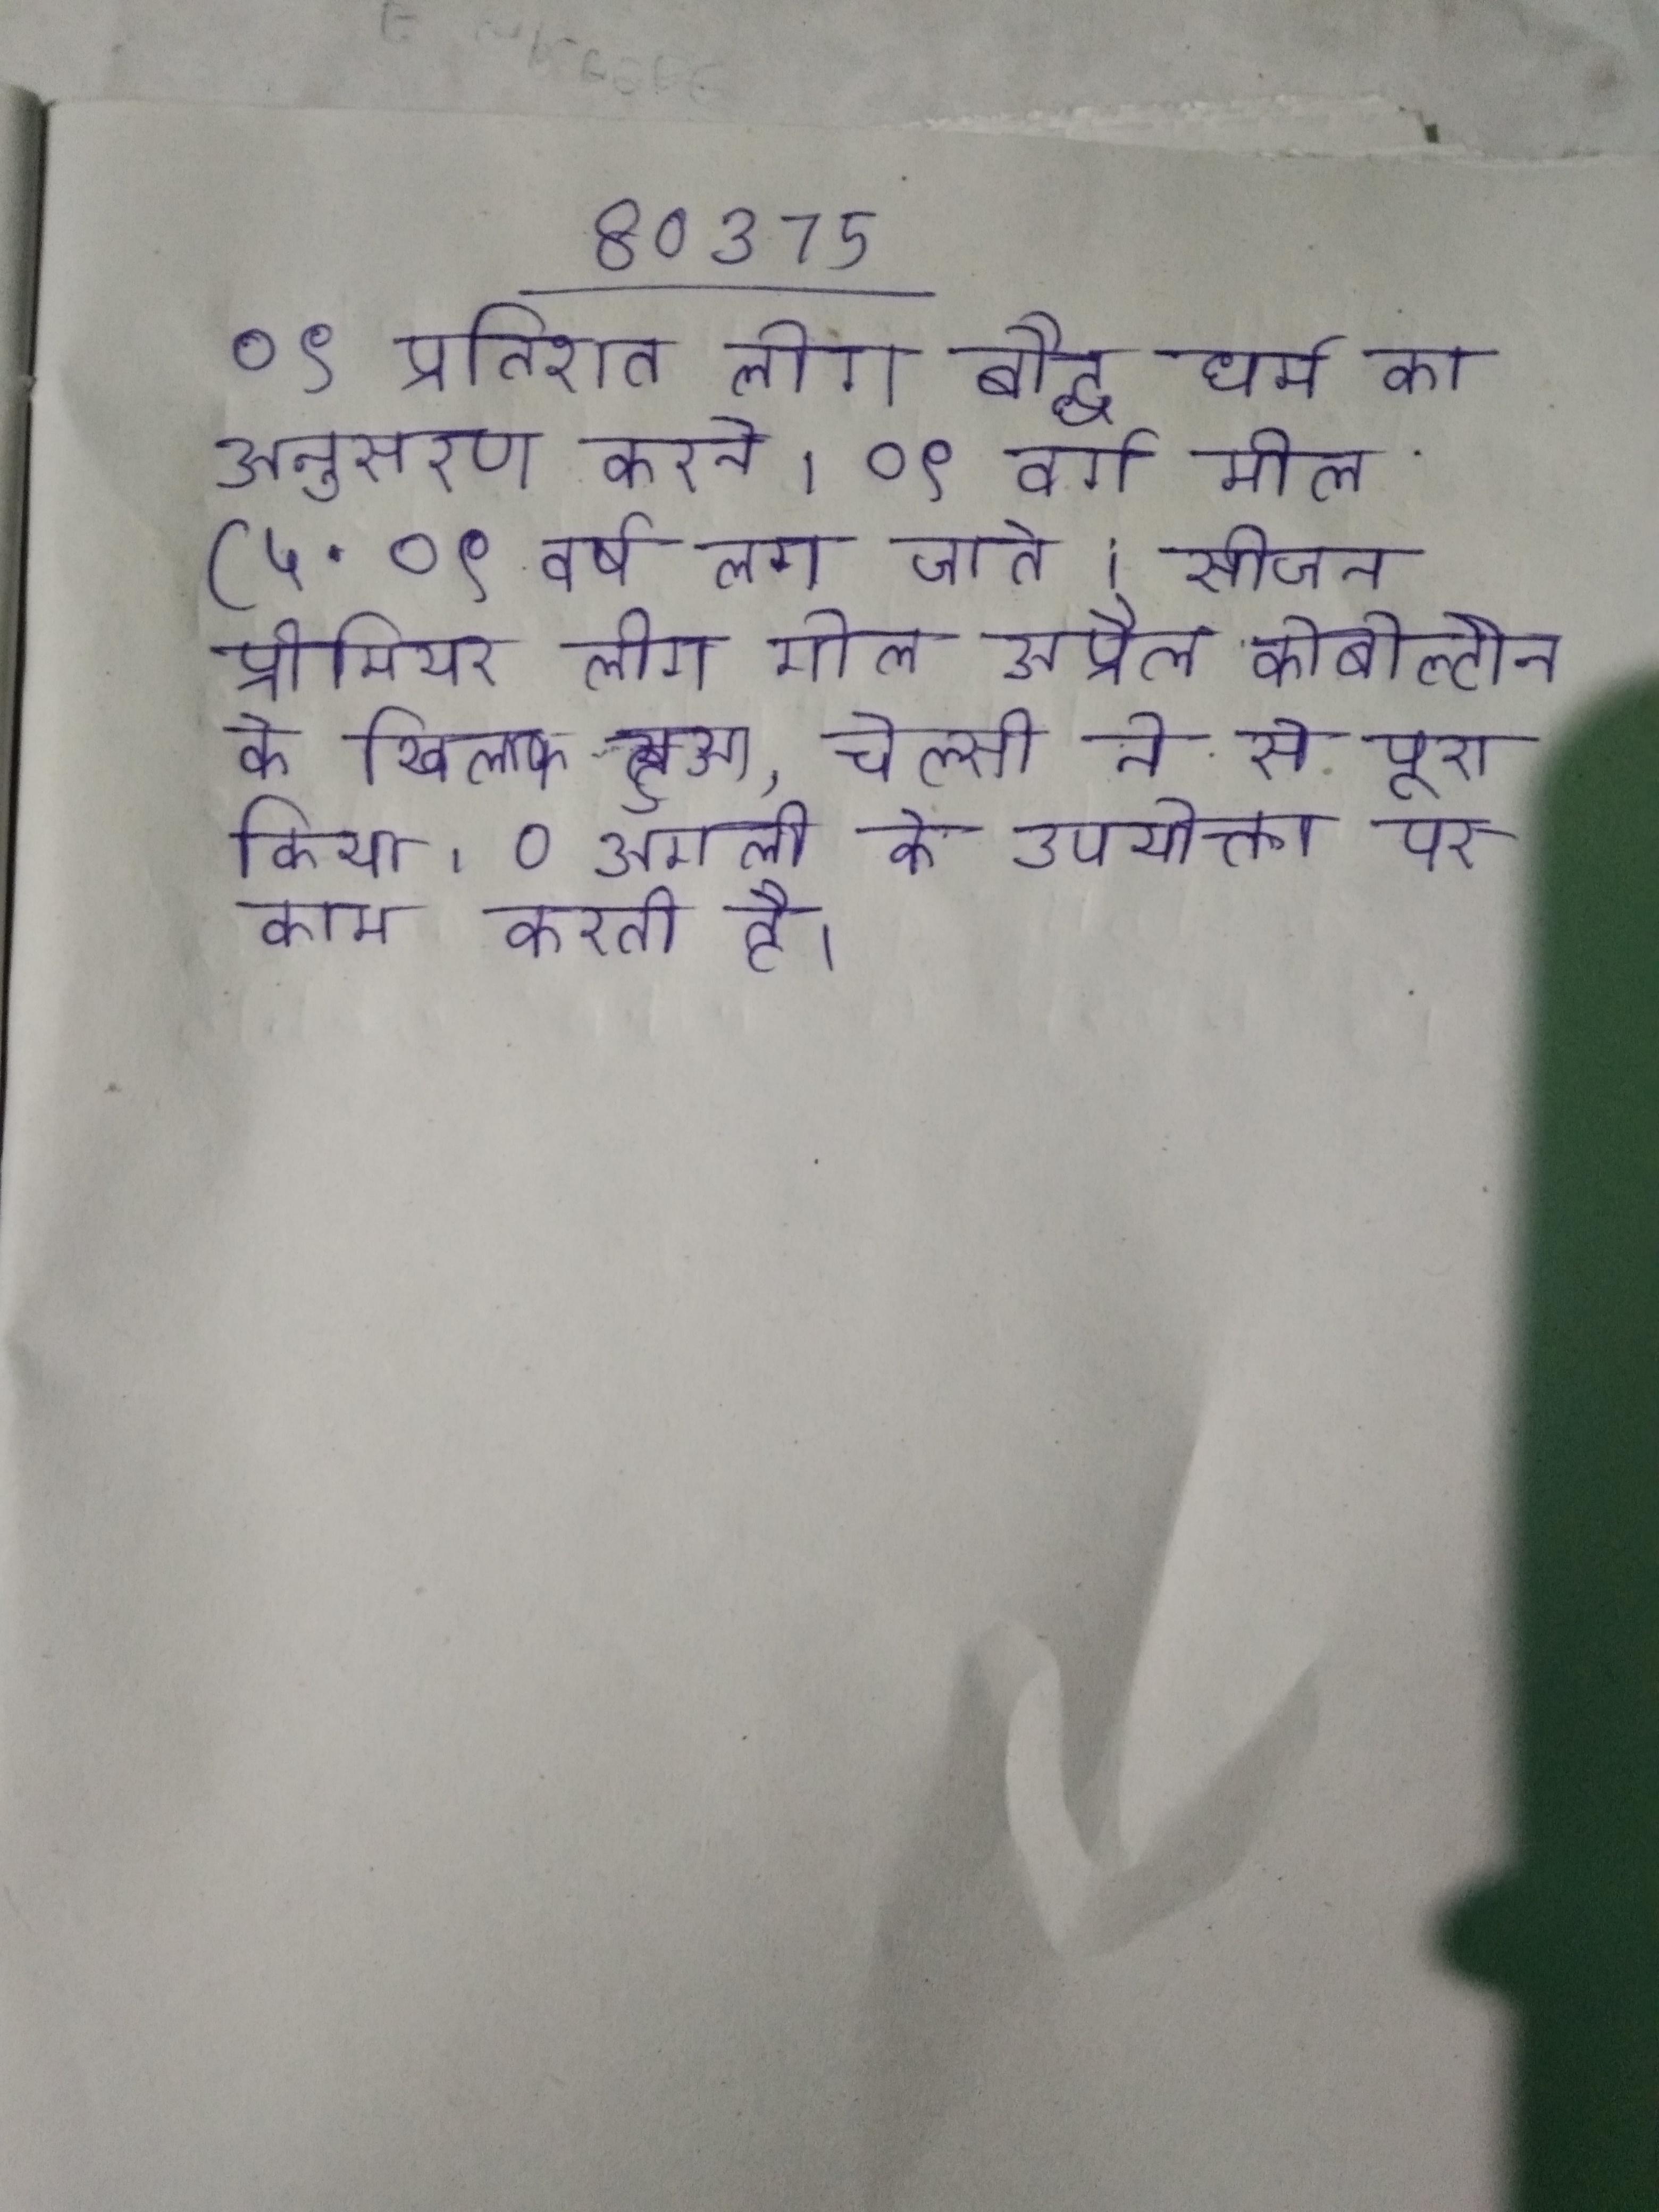
०९ प्रतिशत लोग बौद्ध धर्म का अनुसरण करते । ०९ वर्ग मील (५ . ०९ वर्ष लग जाते । सीजन बल्लैक का पहला प्रीमियर लीग गोल अप्रैल कोबोल्टोन के खिलाफ हुआ, चेल्सी ने से पूरा किया । ० अगली के उपयोक्ता पर काम करती है ।